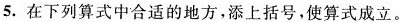
5. 在下列算式中合适的地方，添上括号，使算式成立。